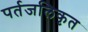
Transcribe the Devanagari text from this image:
पर्तजलिकृत